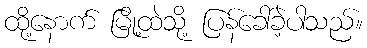
ထို့နောက် မြို့ထဲသို့ ပြန်ခေါ်ခဲ့ပါသည်။